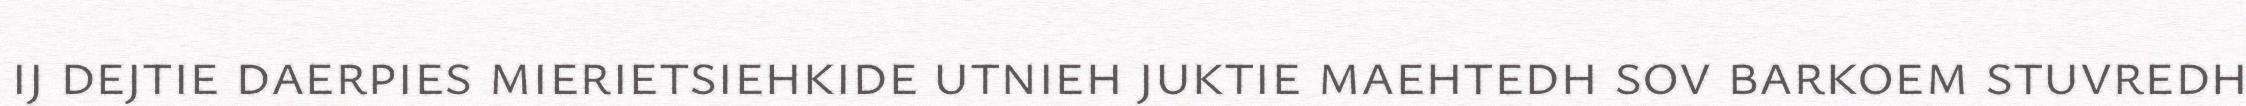
ij dejtie daerpies mierietsiehkide utnieh juktie maehtedh sov barkoem stuvredh